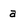
Character: a